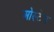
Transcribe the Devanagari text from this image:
ओस्टेन